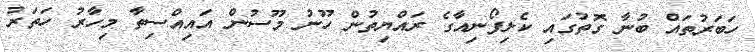
ހަބަރުތައް ބުނާ ގޮތުގައި ކެލިފޯނިއާގެ ރައްޔިތުން ހޫނު މޫސުން އައިއްސިތާ މިހާރު ހަތަރު